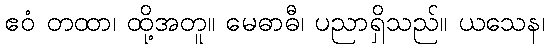
ဧဝံ တထာ၊ ထို့အတူ။ မေဓာဓီ၊ ပညာရှိသည်။ ယသေန၊